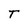
Character: T